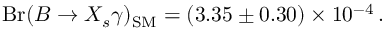
\mathrm { B r } ( B \to X _ { s } \gamma ) _ { \mathrm { S M } } = ( 3 . 3 5 \pm 0 . 3 0 ) \times 1 0 ^ { - 4 } \, .